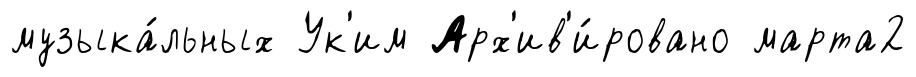
музыка́льных Ук'им Арх'ив'и́ровано марта2